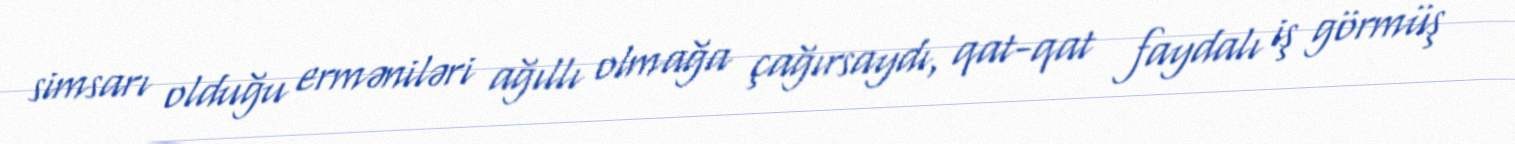
simsarı olduğu erməniləri ağıllı olmağa çağırsaydı, qat-qat faydalı iş görmüş